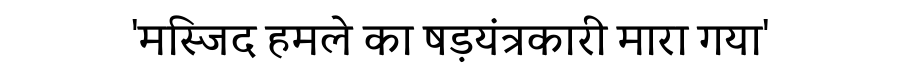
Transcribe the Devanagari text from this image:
'मस्जिद हमले का षड़यंत्रकारी मारा गया'